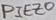
Text: PIEZO